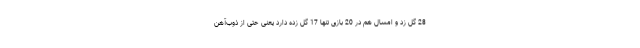
28 گل زد و امسال هم در 20 بازی تنها 17 گل زده دارد یعنی حتی از ذوب‌آهن